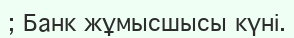
; Банк жұмысшысы күні.